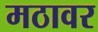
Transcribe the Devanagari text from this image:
मठावर